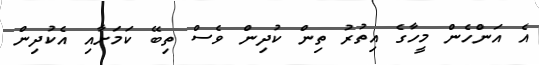
އެ އަންހެން މީހާގެ އިތުރު ތިން ކުދިން ވެސް ތިބޭ ކަމަށާއި އެކުދިން